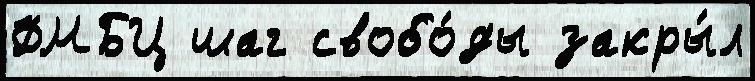
ФМБЦ шаг свобо́ды закры́л